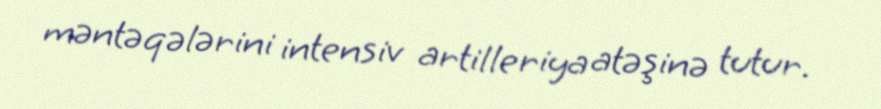
məntəqələrini intensiv artilleriya atəşinə tutur.